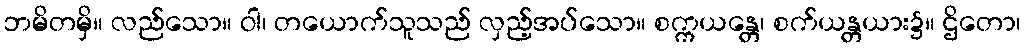
ဘမိတမှိ။ လည်သော။ ဝါ၊ တယောက်သူသည် လှည့်အပ်သော။ စက္ကယန္တေ၊ စက်ယန္တယား၌။ ဌိတော၊